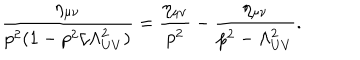
\frac { \eta _ { \mu \nu } } { p ^ { 2 } ( 1 - p ^ { 2 } / \Lambda _ { U V } ^ { 2 } ) } = \frac { \eta _ { \mu \nu } } { p ^ { 2 } } - \frac { \eta _ { \mu \nu } } { p ^ { 2 } - \Lambda _ { U V } ^ { 2 } } .